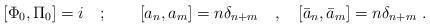
LaTeX: \begin{align*}[\Phi _{0},\Pi _{0}]=i\quad ;\qquad [a_{n},a_{m}]=n\delta _{n+m}\quad,\quad [\bar{a}_{n},\bar{a}_{m}]=n\delta _{n+m}\ .\end{align*}